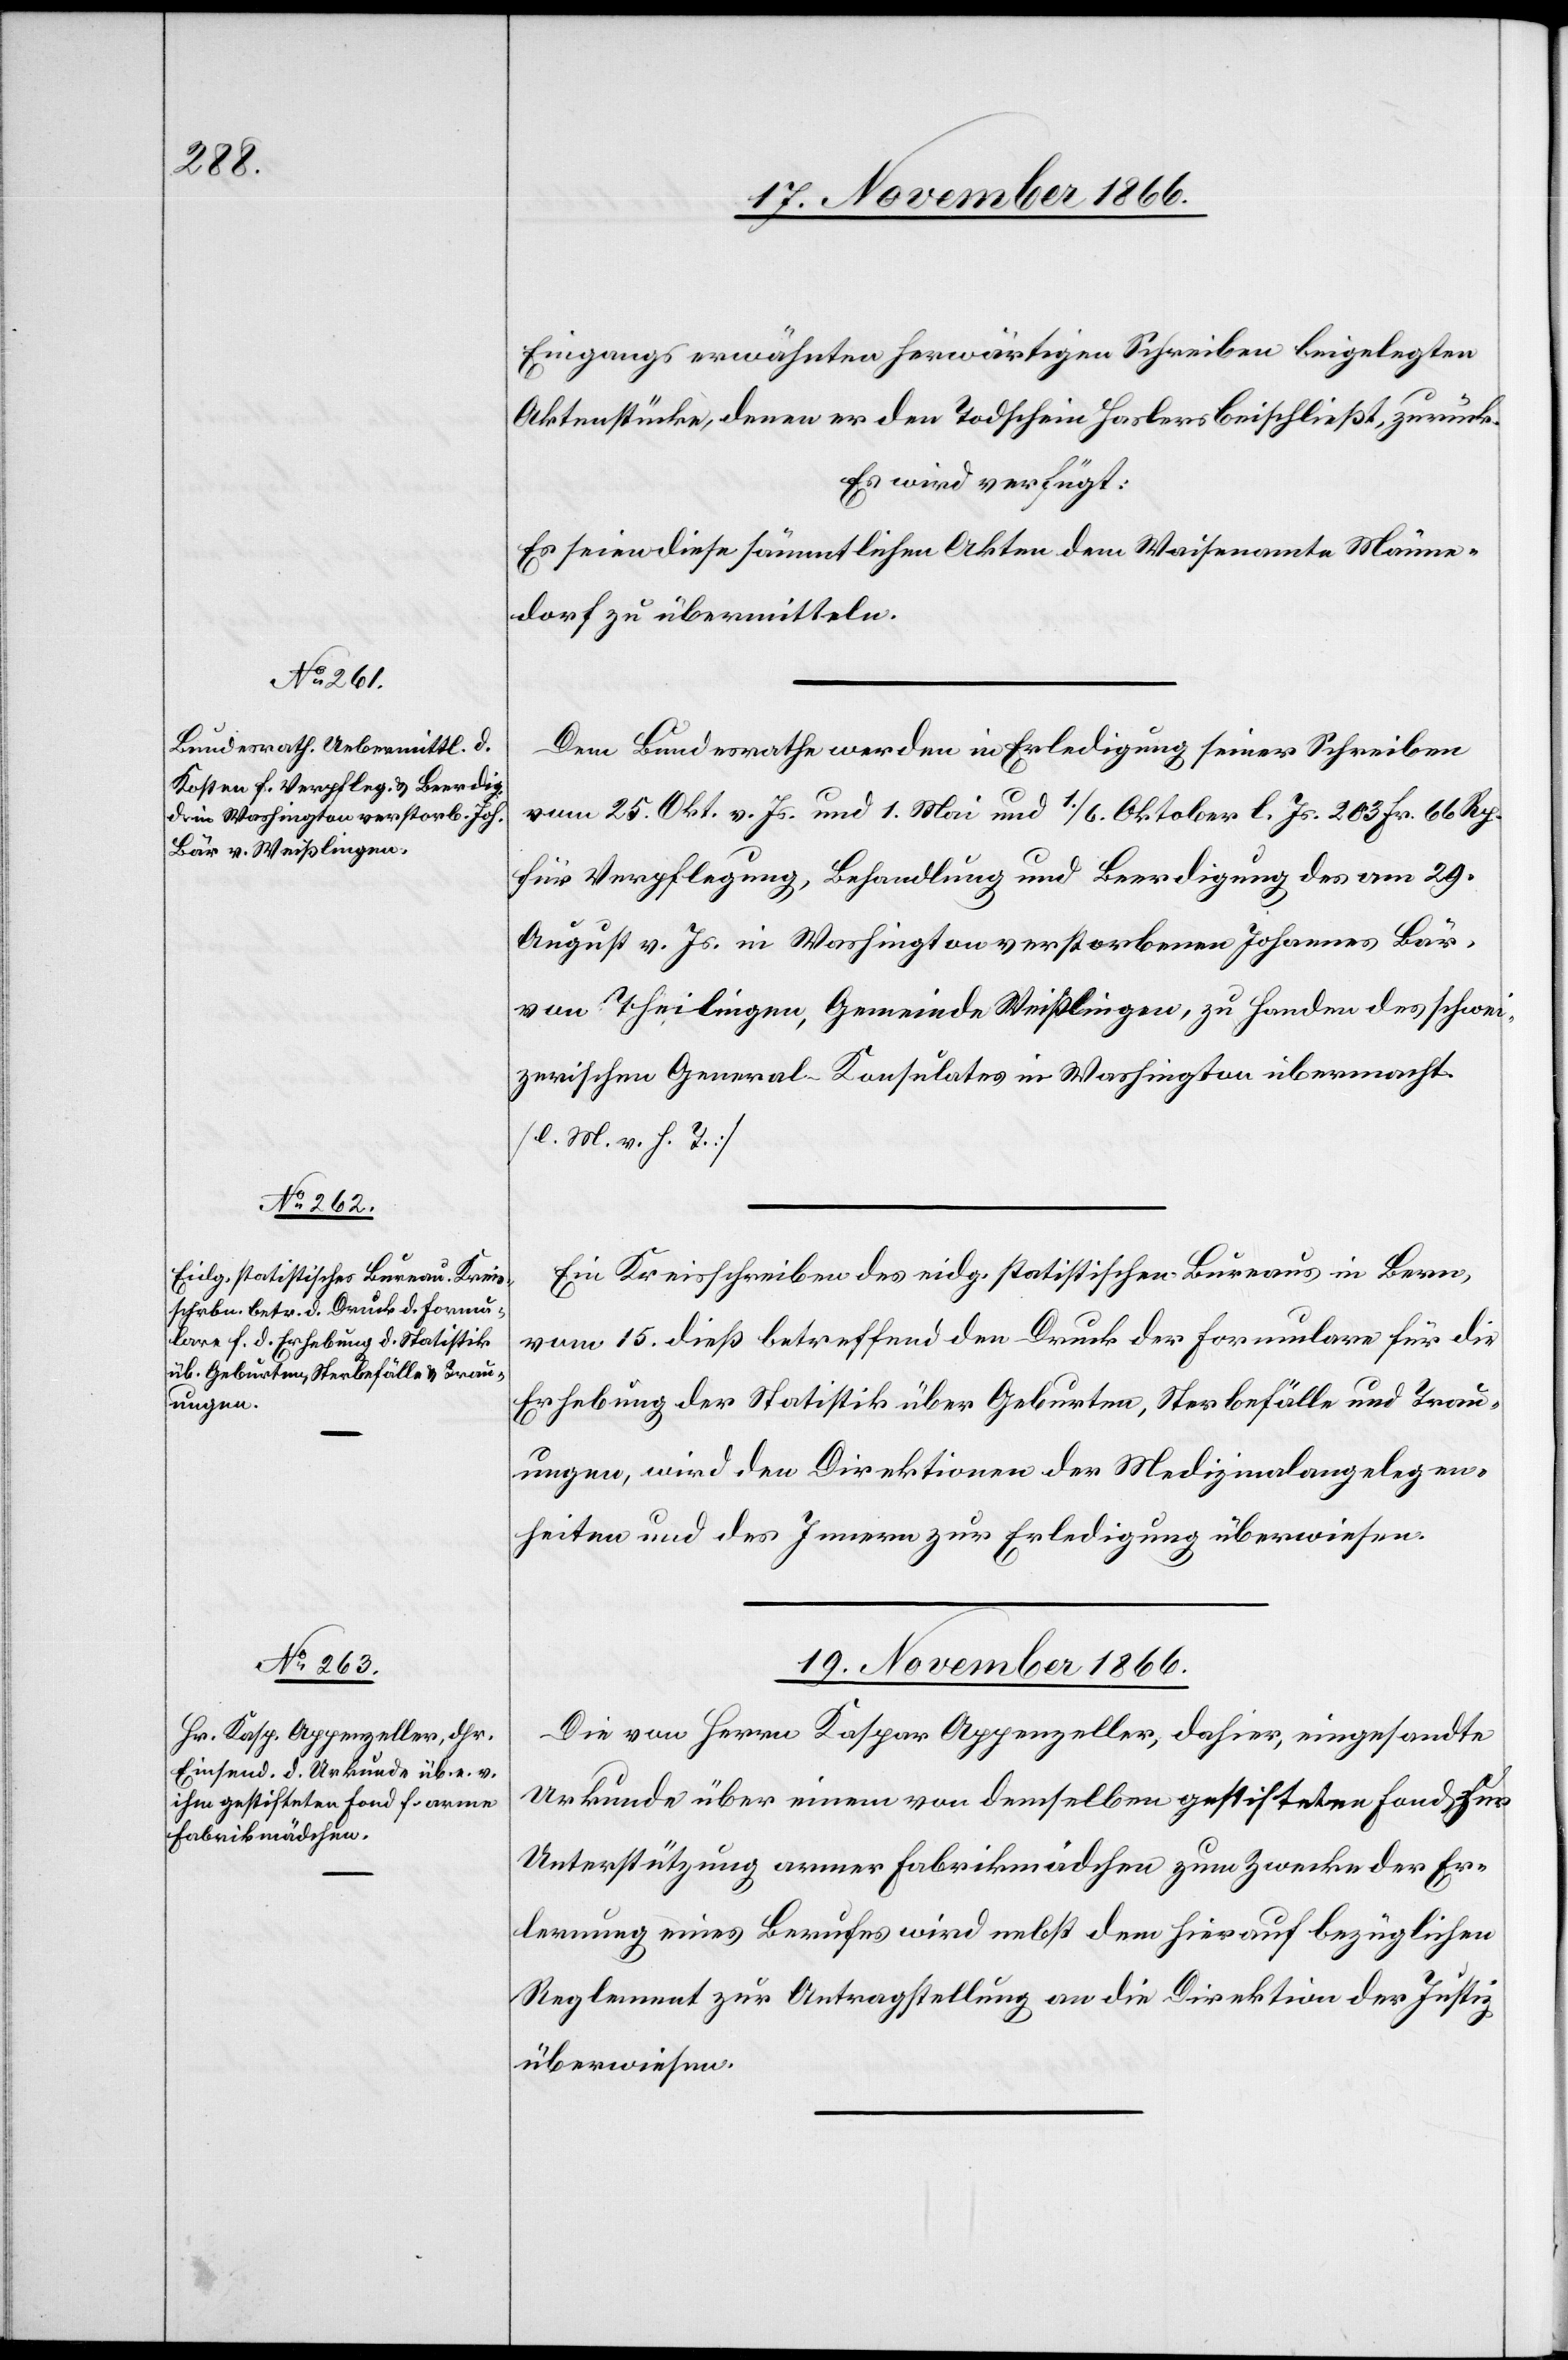
Eingangs erwähnten herwärtigen Schreiben beigelegten
Aktenstücke, denen er den Todschein Haslers beischließt, zurück.
Es wird verfügt:
Es seien diese sämmtlichen Akten dem Waisenamte Männe¬
dorf zu übermitteln.
Dem Bundesrathe werden in Erledigung seiner Schreiben
vom 25. Okt. v. Js. und 1. Mai und 1./6. Oktober l. Js. 203 Fr. 66. Rp.
für Verpflegung, Behandlung und Beerdigung des am 29.
Agust v. Js. in Washington verstorbenen Johannes Bär,
von Theilingen, Gemeinde Weißlingen, zu Handen des schwei¬
zerischen General-Konsulates in Washington übermacht.
[l. M. v. h. T.]
Ein Kreisschreiben des eidg. statistischen Bureaus in Bern,
vom 15. dieß betreffend den Druck der Formulare für die
Erhebung der Statistik über Geburten, Sterbefälle und Trau¬
ungen, wird den Direktionen der Medizinalangelegen¬
heiten und des Innern zur Erledigung überwiesen.
19. November 1866.
Die von Herrn Kaspar Appenzeller, dahier, eingesandte
Urkunde über einen von demselben gestifteten Fond zur
Unterstützung armer Fabrikmädchen zum Zwecke der Er¬
lernung eines Berufes wird nebst dem hierauf bezüglichen
Reglement zur Antragstellung an die Direktion der Justiz
überwiesen.